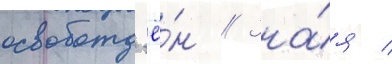
освобожд'ё́н // Зна́я /